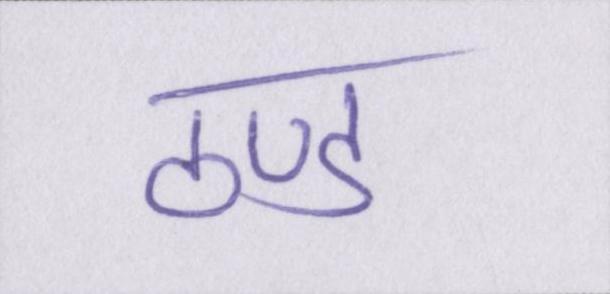
ठण्ड